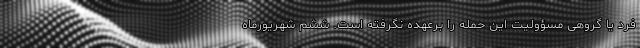
فرد یا گروهی مسؤولیت این حمله را برعهده نگرفته است. ششم شهریورماه